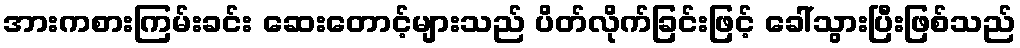
အားကစားကြမ်းခင်း ဆေးတောင့်များသည် ပိတ်လိုက်ခြင်းဖြင့် ခေါ်သွားပြီးဖြစ်သည်